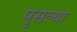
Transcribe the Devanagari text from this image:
पुसल्या